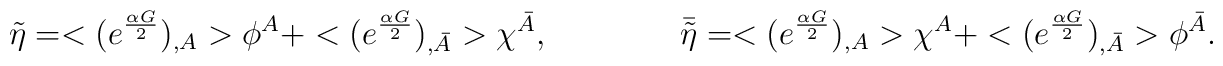
\tilde \eta = <(e^{\frac{\alpha G}{2}})_{,A}>\phi^A + <(e^{\frac{\alpha G}{2}})_{,\bar A}>\chi^{\bar A},\qquad\qquad  \bar {\tilde\eta} = <(e^{\frac{\alpha G}{2}})_{,A}>\chi^A + <(e^{\frac{\alpha G}{2}})_{,\bar A}>\phi^{\bar A}.